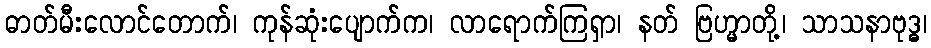
ဓာတ်မီးလောင်တောက်၊ ကုန်ဆုံးပျောက်က၊ လာရောက်ကြရှာ၊ နတ် ဗြဟ္မာတို့၊ သာသနာဗုဒ္ဓ၊